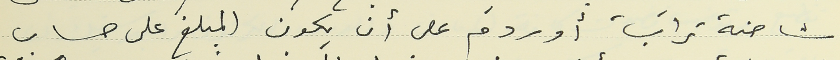
شاحنة تراب أو ردمَ على أن يكون المبلغ على حساب